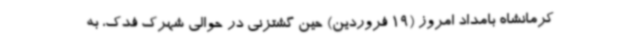
کرمانشاه بامداد امروز (19 فروردین) حین گشتزنی در حوالی شهرک فدک، به